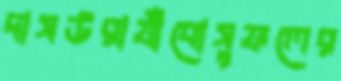
দাসউরার্যাঁবোসুফলের